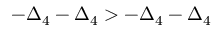
- \Delta _ { 4 } - \Delta _ { 4 } > - \Delta _ { 4 } - \Delta _ { 4 }